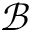
\mathcal B